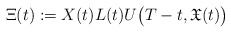
\begin{align*} \Xi(t):=X(t)L(t)U\big(T-t,\mathfrak{X}(t)\big)\end{align*}